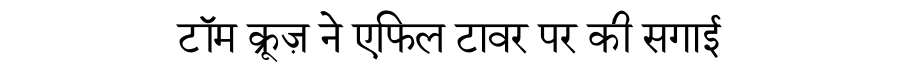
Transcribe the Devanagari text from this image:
टॉम क्रूज़ ने एफिल टावर पर की सगाई